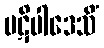
ပဋိပါဒေသိံ